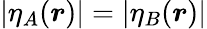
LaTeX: |\eta_{A}(\boldsymbol{r})|=|\eta_{B}(\boldsymbol{r})|